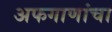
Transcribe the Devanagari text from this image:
अफगाणांचा